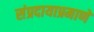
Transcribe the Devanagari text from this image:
संप्रदायाप्रमाणे